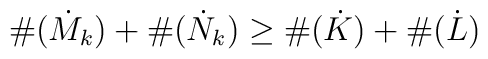
\#(\dot{M}_k) + \#(\dot{N}_k) \geq \#(\dot{K}) + \#(\dot{L})